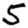
Digit: 5